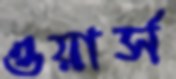
ওয়ার্স